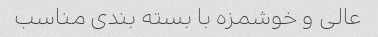
عالی و خوشمزه با بسته بندی مناسب